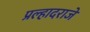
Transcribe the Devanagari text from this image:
प्रल्हादराजे